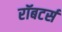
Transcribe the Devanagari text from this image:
रॉबटर्स